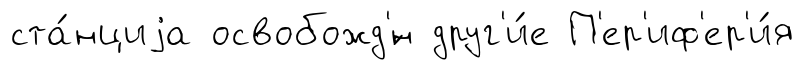
ста́нциjа освобожд'́н друг'и́е П'ер'иф'ер'и́я